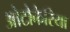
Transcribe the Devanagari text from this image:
ओटोकैरिया